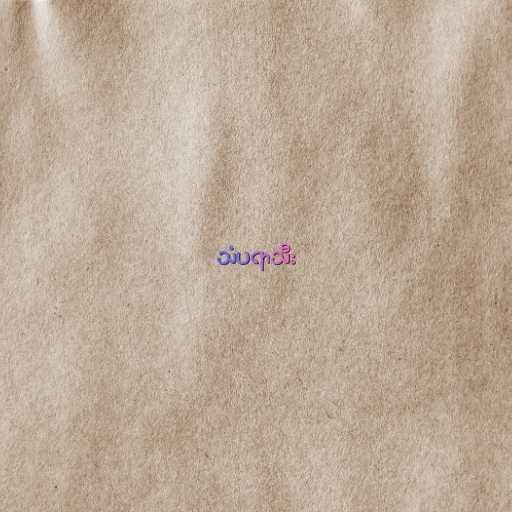
သံပရာသီး